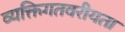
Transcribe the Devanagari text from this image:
व्यक्तिगतवरीयता